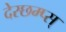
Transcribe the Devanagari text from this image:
देस्छम्प्स्